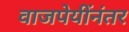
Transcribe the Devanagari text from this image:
वाजपेयींनंतर